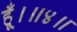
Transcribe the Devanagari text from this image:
हूँ।॥४॥